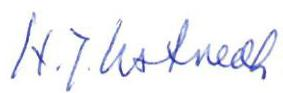
H.J.Ustvedt